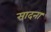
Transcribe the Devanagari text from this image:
सादना